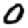
Digit: 0